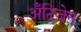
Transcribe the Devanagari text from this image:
अँटिजेन